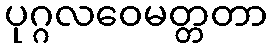
ပုဂ္ဂလဝေမတ္တတာ